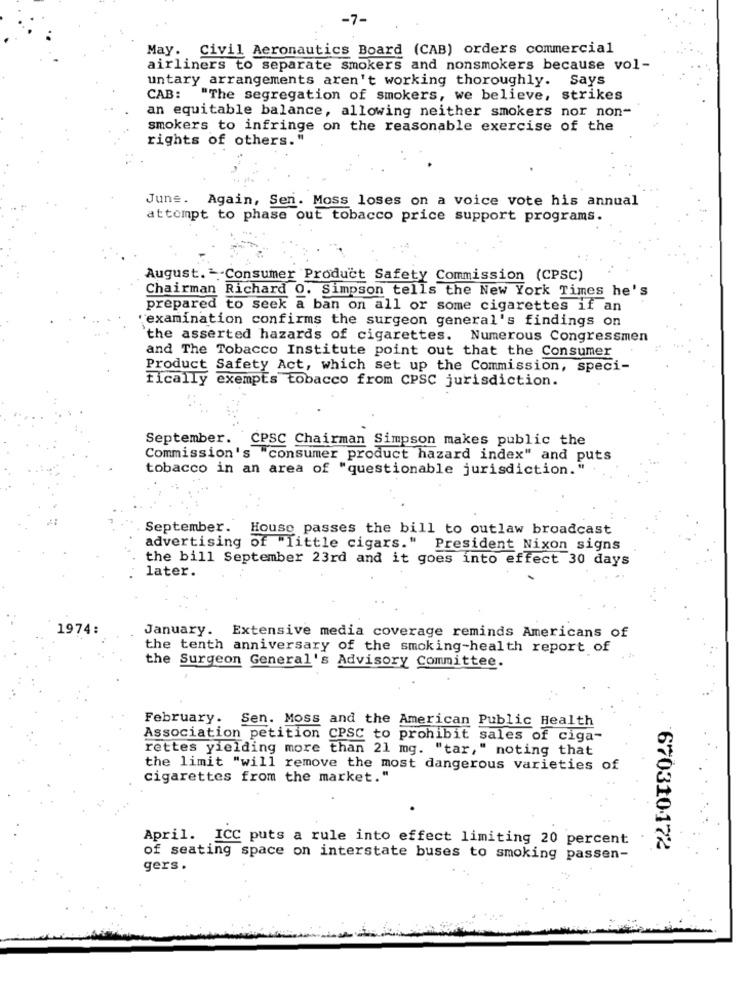
-7-
May. Civil Aeronautics Board (CAB) orders commercial
airliners to separate smokers and nonsmokers because vol-
untary arrangements aren't working thoroughly. Says
CAB:
"The segregation of smokers, we believe, strikes
an equitable balance, allowing neither smokers nor non-
smokers to infringe on the reasonable exercise of the
rights of others. "
June. Again, Sen. Moss loses on a voice vote his annual
attempt to phase out tobacco price support programs.
August. Consumer Product Safety Commission (CPSC)
Chairman Richard O. Simpson tells the New York Times he's
prepared to seek a ban on all or some cigarettes if an
"examination confirms the surgeon general's findings on
`the asserted hazards of cigarettes. Numerous Congressmen
and The Tobacco Institute point out that the Consumer
Product Safety Act, which set up the Commission, speci-
fically exempts tobacco from CPSC jurisdiction.
September. CPSC Chairman Simpson makes public the
Commission's "consumer product hazard index" and puts
tobacco in an area of "questionable jurisdiction."
September. House passes the bill to outlaw broadcast
advertising of "little cigars." President Nixon signs
the bill September 23rd and it goes into effect 30 days
later.
1974:
January. Extensive media coverage reminds Americans of
the tenth anniversary of the smoking-health report of
the Surgeon General's Advisory Committee.
February.
Sen. Moss and the American Public Health
Association petition CPSC to prohibit sales of ciga-
rettes yielding more than 21 mg. "tar," noting that
the limit "will remove the most dangerous varieties of
cigarettes from the market."
April. ICC puts a rule into effect limiting 20 percent
670310172
of seating space on interstate buses to smoking passen-
gers.